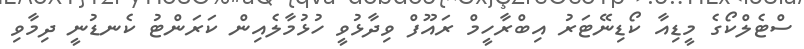
ސްޓެލްކޯގެ މީޑިއާ ކޯޑިނޭޓަރު އިބްރާހީމް ރައޫފް ވިދާޅުވީ ހުޅުމާލެއިން ކަރަންޓު ކެނޑުނީ ދިމާވި